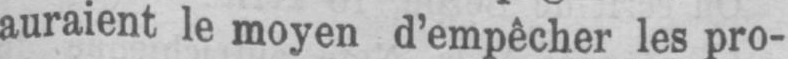
auraient le moyen d’empêcher les pro-